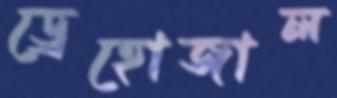
ড্রেহোজাল